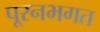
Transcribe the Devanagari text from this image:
पूरनभगत